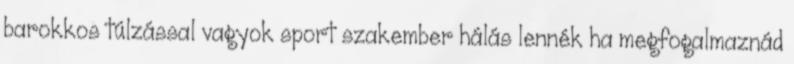
barokkos túlzással vagyok sport szakember hálás lennék ha megfogalmaznád